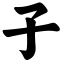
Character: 子